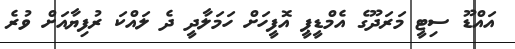
އައްޑޫ ސިޓީ މަރަދޫގެ އެމްޑީޕީ އޮފީހަށް ހަމަލާދީ ދެެ ލައްކަ ރުފިޔާއަށް ވުރެ